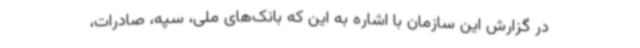
در گزارش این سازمان با اشاره به این که بانک‌های ملی، سپه، صادرات،